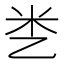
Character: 㐘